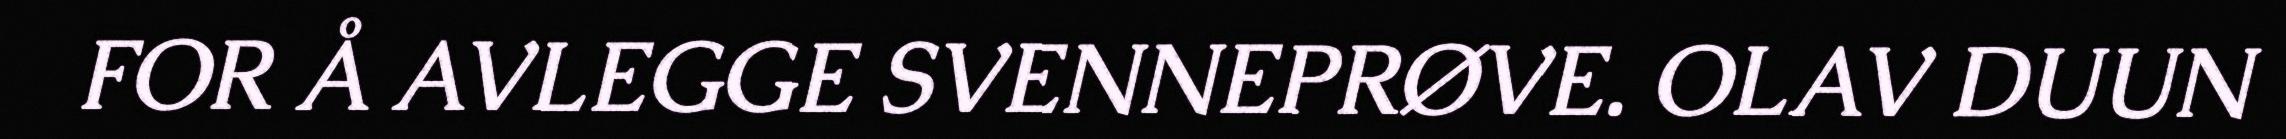
FOR Å AVLEGGE SVENNEPRØVE. OLAV DUUN